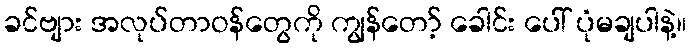
ခင်ဗျား အလုပ်တာဝန်တွေကို ကျွန်တော့် ခေါင်း ပေါ် ပုံမချပါနဲ့။